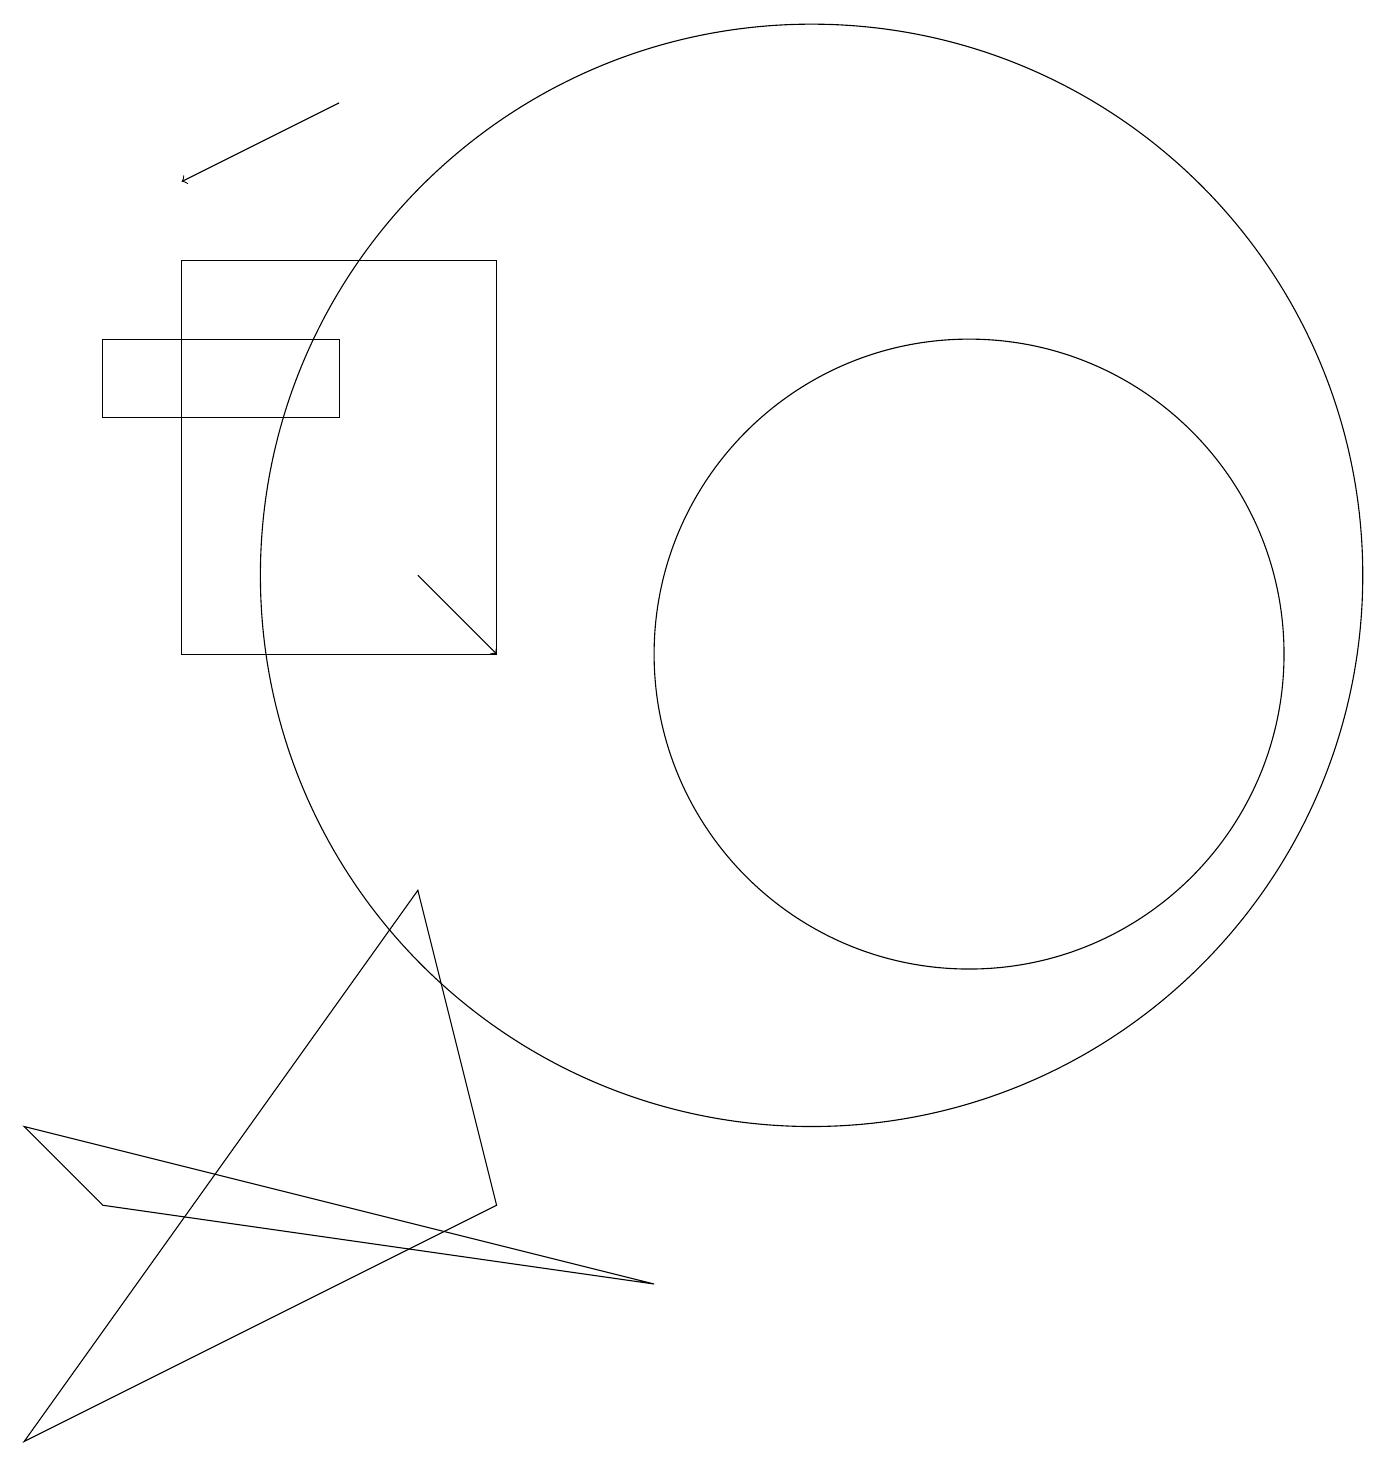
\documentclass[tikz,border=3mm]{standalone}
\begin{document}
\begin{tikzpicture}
\draw[->] (4,18) -- (2,17);
\draw (6,11) rectangle (2,16);
\draw (10,12) circle (7);
\draw (4,14) rectangle (1,15);
\draw (0,5) -- (8,3) -- (1,4) -- cycle;
\draw[->] (5,12) -- (6,11);
\draw (6,4) -- (5,8) -- (0,1) -- cycle;
\draw (12,11) circle (4);
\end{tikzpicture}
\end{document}